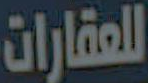
للعقارات